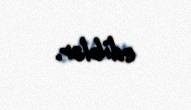
ediblər.